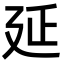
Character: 延